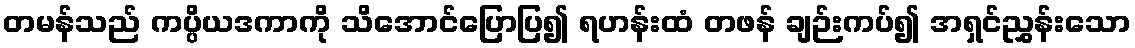
တမန်သည် ကပ္ပိယဒကာကို သိအောင်ပြောပြ၍ ရဟန်းထံ တဖန် ချဉ်းကပ်၍ အရှင်ညွှန်းသော